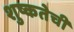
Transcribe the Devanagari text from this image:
शुष्कतेची